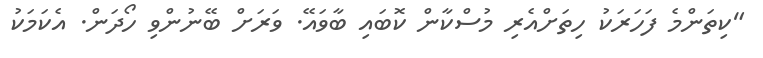
"ކިތަންމެ ފަހަރަކު ހިތަށްއެރި މުސްކާން ކޮބައި ބާވައޭ. ވަރަށް ބޭނުންވި ހޯދަން. އެކަމަކު